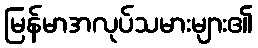
မြန်မာအလုပ်သမားများ၏